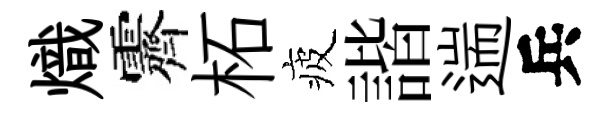
熾霽柘疲諧遄兵